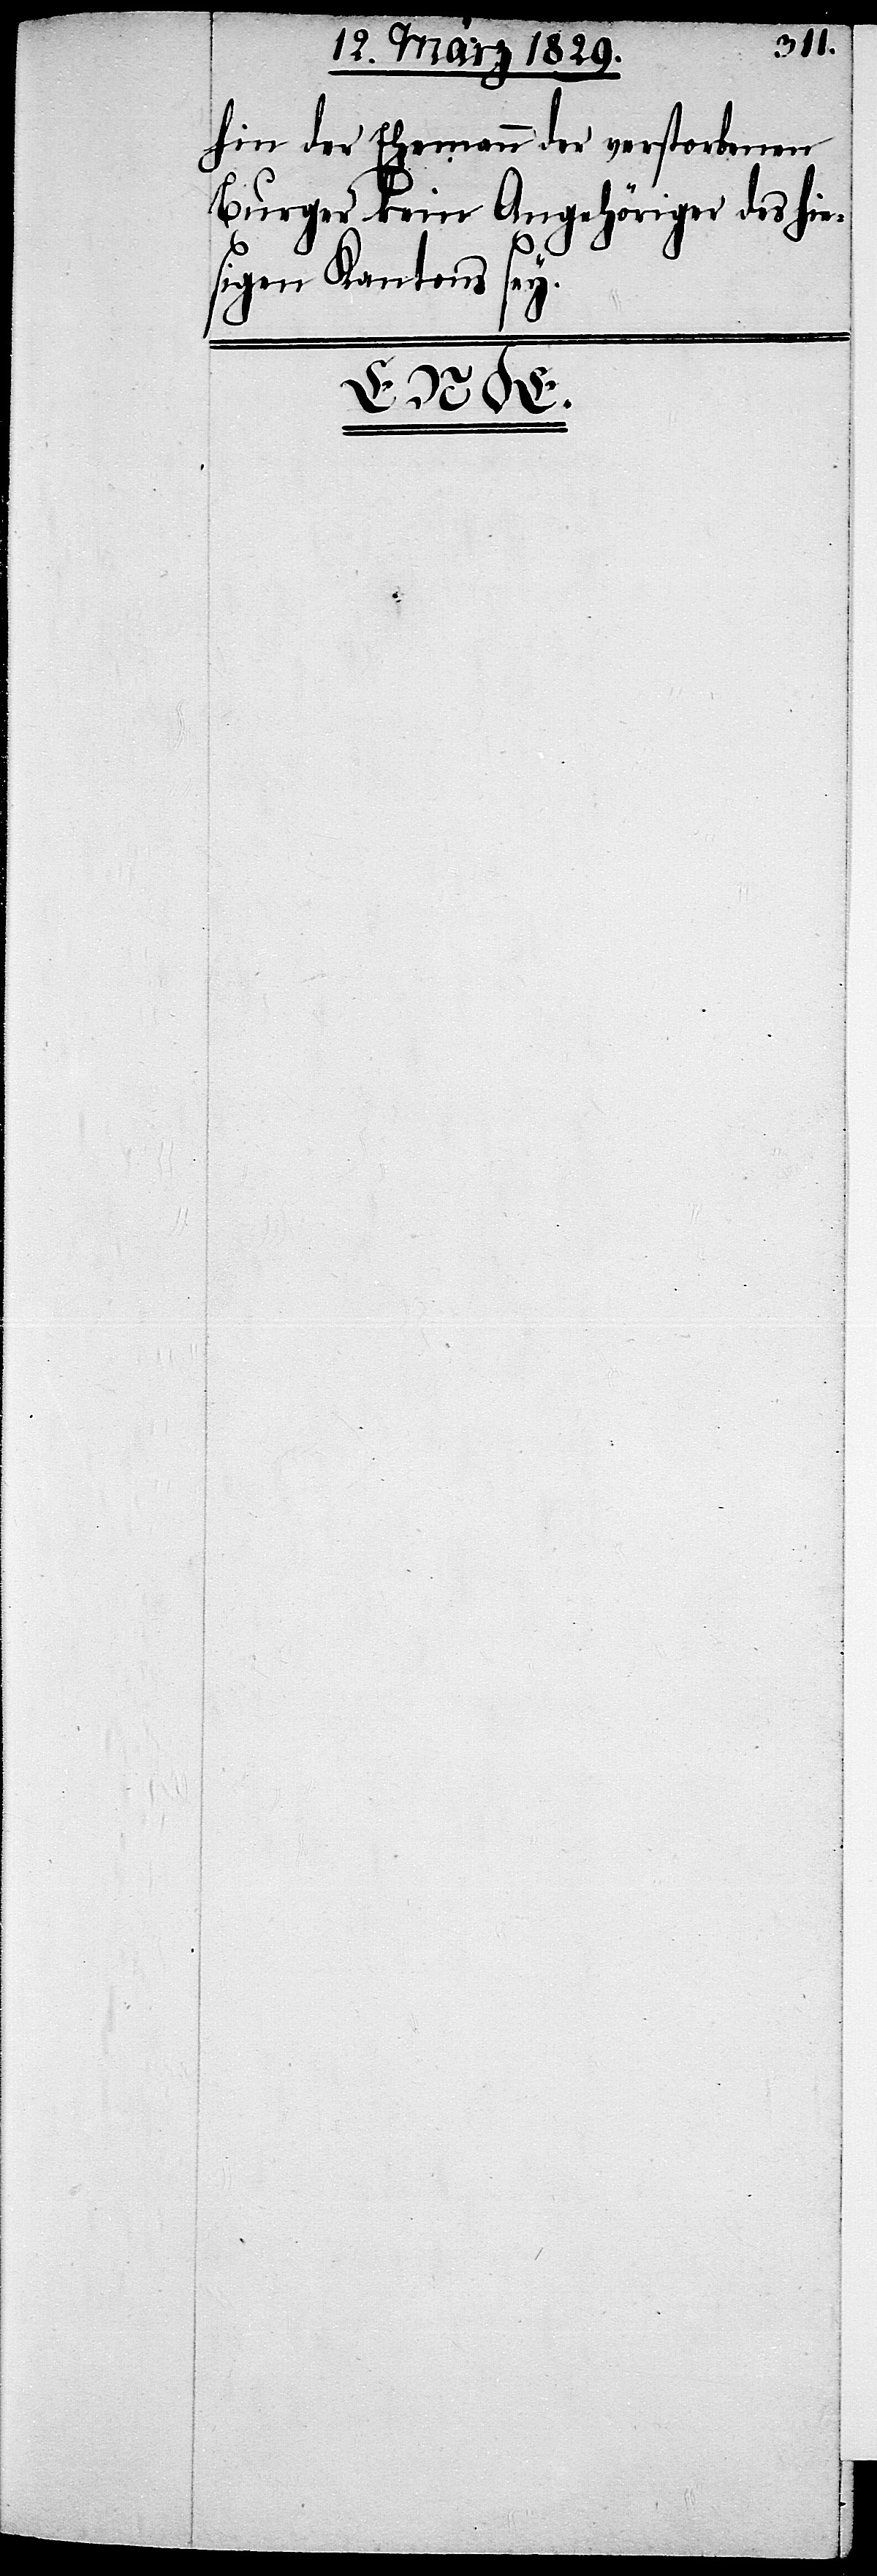
hin der Ehemann der verstorbenen
Burger kein Angehöriger des hie¬
sigen Kantons sey.